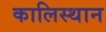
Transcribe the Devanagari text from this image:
कालिस्थान